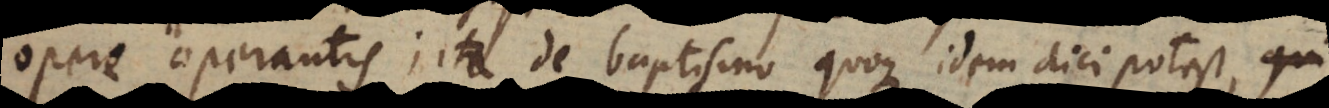
opere operantis; ita de baptismo quoque idem dici potest, qui